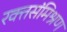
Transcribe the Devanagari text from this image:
रक्तसंमिश्रण